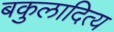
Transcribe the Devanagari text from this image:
बकुलादित्य